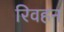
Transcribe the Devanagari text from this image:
रिवहन